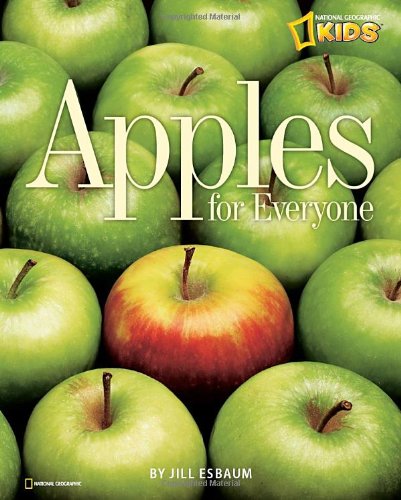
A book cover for Apples for Everyone (Picture the Seasons); Jill Esbaum; Children's Books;